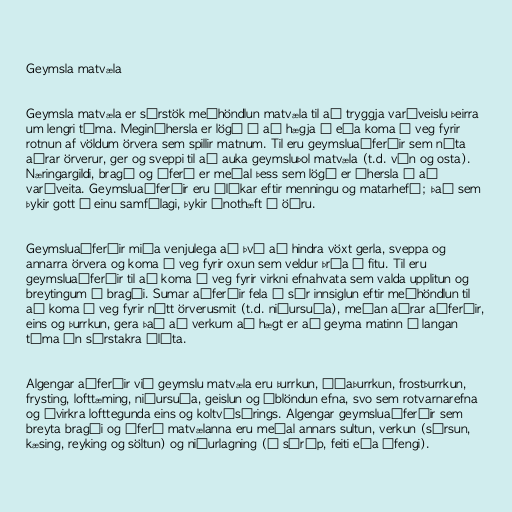
Geymsla matvæla

Geymsla matvæla er sérstök meðhöndlun matvæla til að tryggja varðveislu þeirra
um lengri tíma. Megináhersla er lögð á að hægja á eða koma í veg fyrir
rotnun af völdum örvera sem spillir matnum. Til eru geymsluaðferðir sem nýta
aðrar örverur, ger og sveppi til að auka geymsluþol matvæla (t.d. vín og osta).
Næringargildi, bragð og áferð er meðal þess sem lögð er áhersla á að
varðveita. Geymsluaðferðir eru ólíkar eftir menningu og matarhefð; það sem
þykir gott í einu samfélagi, þykir ónothæft í öðru.

Geymsluaðferðir miða venjulega að því að hindra vöxt gerla, sveppa og
annarra örvera og koma í veg fyrir oxun sem veldur þráa í fitu. Til eru
geymsluaðferðir til að koma í veg fyrir virkni efnahvata sem valda upplitun og
breytingum á bragði. Sumar aðferðir fela í sér innsiglun eftir meðhöndlun til
að koma í veg fyrir nýtt örverusmit (t.d. niðursuða), meðan aðrar aðferðir,
eins og þurrkun, gera það að verkum að hægt er að geyma matinn í langan
tíma án sérstakra íláta.

Algengar aðferðir við geymslu matvæla eru þurrkun, úðaþurrkun, frostþurrkun,
frysting, lofttæming, niðursuða, geislun og íblöndun efna, svo sem rotvarnarefna
og óvirkra lofttegunda eins og koltvísýrings. Algengar geymsluaðferðir sem
breyta bragði og áferð matvælanna eru meðal annars sultun, verkun (súrsun,
kæsing, reyking og söltun) og niðurlagning (í sýróp, feiti eða áfengi).